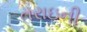
તરાઇની